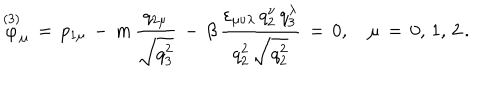
\stackrel { ( 3 ) } { \varphi } _ { \mu } \, = \, p _ { 1 \mu } \, - \, m \, \frac { q _ { 2 \mu } } { \sqrt { q _ { 3 } ^ { 2 } } } \, - \, \beta \, \frac { \varepsilon _ { \mu \nu \lambda } \, q _ { 2 } ^ { \nu } \, q _ { 3 } ^ { \lambda } } { q _ { 2 } ^ { 2 } \, \sqrt { q _ { 2 } ^ { 2 } } } \, = \, 0 , \quad \mu \, = \, 0 , \, 1 , \, 2 \, { . }